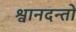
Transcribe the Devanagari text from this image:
श्वानदन्तों